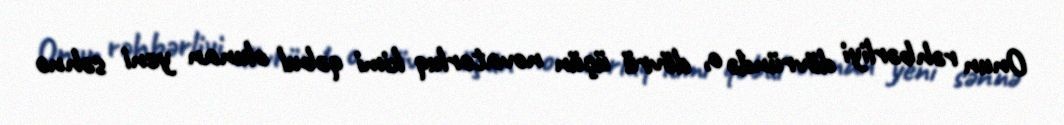
Onun rəhbərliyi dövründə o, dövrü üçün novatorluq kimi qəbul olunan yeni səhnə